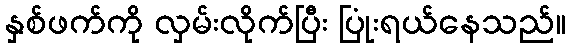
နှစ်ဖက်ကို လှမ်းလိုက်ပြီး ပြုံးရယ်နေသည်။